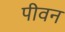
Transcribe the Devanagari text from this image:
पीवन